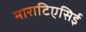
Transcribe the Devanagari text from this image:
माराटिएसिई